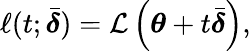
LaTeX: \ell(t;\bar{\boldsymbol\delta})=\mathcal{L}\left(\boldsymbol\theta+t\bar{\boldsymbol\delta}\right),